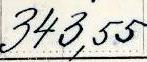
343,55